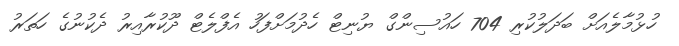
ހުޅުމާލެއަށް ބަދަލުކުރި 704 ހައުސިންގް ޔުނިޓް ހެދުމަށްފަހު އެފްލެޓް ދޫކުރާއިރު ދެކުނުގެ ހަަތަރު